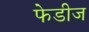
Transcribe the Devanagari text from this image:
फेडीज